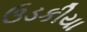
ઉડકીયા